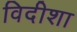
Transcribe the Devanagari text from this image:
विदीशा